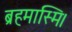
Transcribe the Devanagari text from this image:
ब्रहमास्मि।